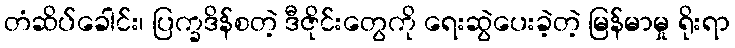
တံဆိပ်ခေါင်း၊ ပြက္ခဒိန်စတဲ့ ဒီဇိုင်းတွေကို ရေးဆွဲပေးခဲ့တဲ့ မြန်မာမှု ရိုးရာ